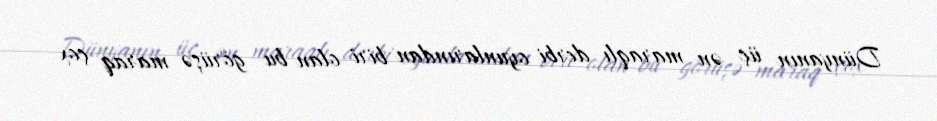
Dünyanın üç ən maraqlı derbi oyunlarından biri olan bu görüşə maraq çox